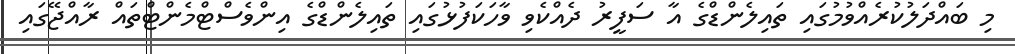
މި ބައްދަލުކުރެއްވުމުގައި ތައިލެންޑްގެ އާ ސަފީރު ދެއްކެވި ވާހަކަފުޅުގައި ތައިލެންޑްގެ އިންވެސްޓްމެންޓްތައް ރާއްޖޭގައި